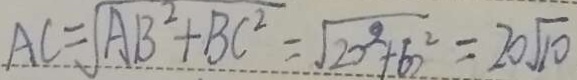
A C = \sqrt { A B ^ { 2 } + B C ^ { 2 } } = \sqrt { 2 0 ^ { 2 } + 6 ^ { 2 } } = 2 0 \sqrt { 1 0 }